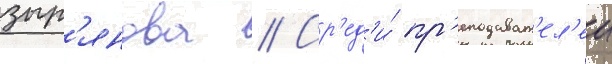
зыр'янова // Ср'ед'и́ пр'еподават'ел'еи